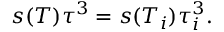
s ( T ) \tau ^ { 3 } = s ( T _ { i } ) \tau _ { i } ^ { 3 } .